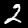
Digit: 2